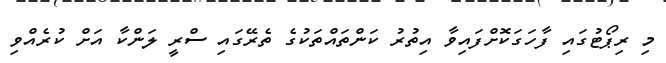
މި ރިޕޯޓުގައި ފާހަގަކޮށްފައިވާ އިތުރު ކަންތައްތަކުގެ ތެރޭގައި ސްރީ ލަންކާ އަށް ކުރެއްވި